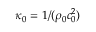
\kappa _ { 0 } = 1 / ( \rho _ { 0 } c _ { 0 } ^ { 2 } )